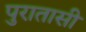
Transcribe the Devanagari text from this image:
पुरातासी